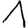
Digit: 1